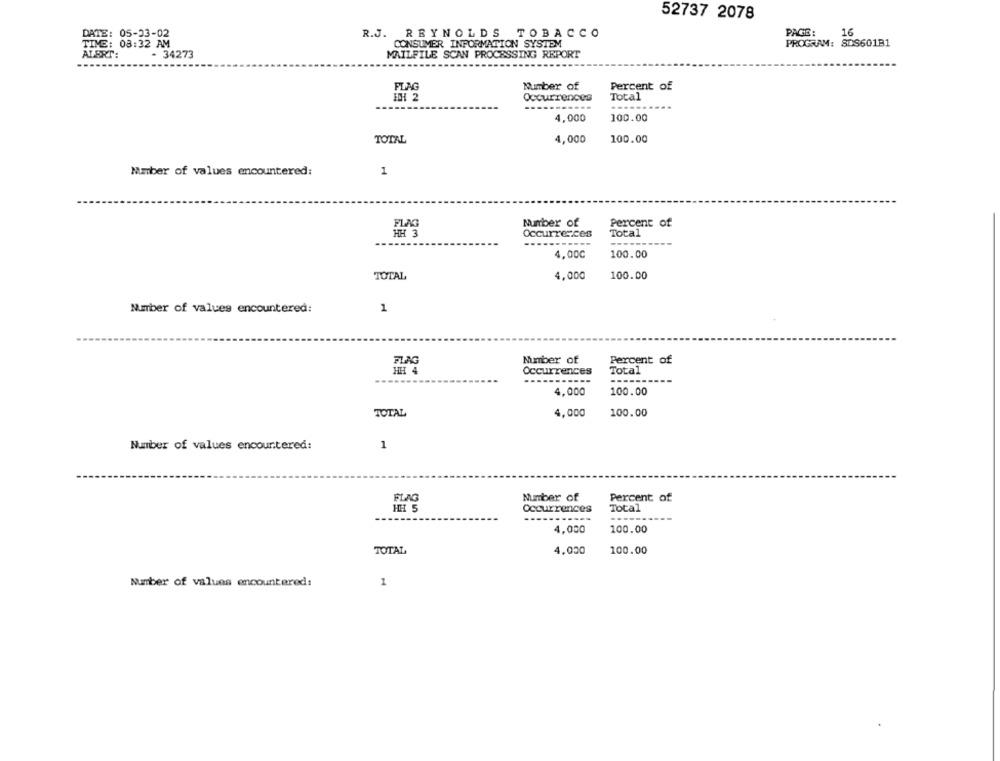
52737 2078
16
DATE: 05-03-02
R.J. REYNOLDS TOBACCO
PAGE:
TIME: 08:32 AM
CONSUMER INFORMATION SYSTEM
PROGRAM: SDS601B1
ALERT:
- 34273
MAILFILE SCAN PROCESSING REPORT
FLAG
Number of
Percent of
Occurrences
Total
-----
4,000
100.00
TOTAL
4,000
100.00
Mumber of values encountered:
1
FLAG
Munber of
Percent of
HH 3
Occurrences
Total
4,000
100.00
TOTAL
4,000
100.00
Number of values encountered:
1
FLAG
Number of
Percent of
HH 4
Occurrences
Total
---
---
4,000
100.00
TOTAL
4,000
100.00
Number of values encountered:
1
FLAG
Number of
Percent of
HH 5
Occurrences
Total
---
4,000
100.00
TOTAL
4,000
100.00
Number of values encountered:
1